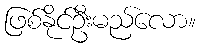
ဖြစ်နိုင်ဦးမည်လော။